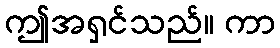
ဤအရှင်သည်။ ကာ